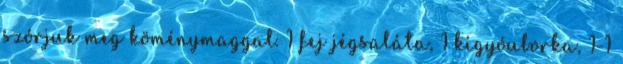
szórjuk meg köménymaggal. 1 fej jégsaláta, 1 kígyóuborka, 1-1